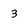
Character: 3